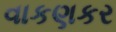
વાકણકર